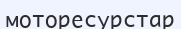
моторесурстар